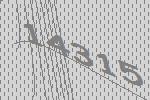
14315